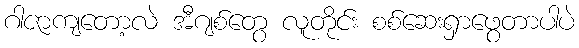
ဂါဇာကျတော့လဲ အီဂျစ်တွေ လူတိုင်း စစ်ဆေးရှာဖွေတာပါပဲ